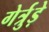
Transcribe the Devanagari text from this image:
गेर्त्रुड़े